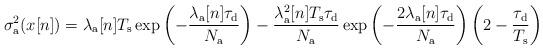
LaTeX: \begin{align*}\sigma_{\rm a}^2 (x[n])=\lambda_\mathrm{a}[n]T_{\rm s} \exp\left(-\frac{\lambda_\mathrm{a} [n]\tau_{\rm d}}{N_{\rm a}}\right)-\frac{\lambda_\mathrm{a}^2 [n]T_{\rm s}\tau_{\rm d}}{N_{\rm a}} \exp\left(-\frac{2\lambda_\mathrm{a} [n]\tau_{\rm d}}{N_{\rm a}}\right)\left(2-\frac{\tau_{\rm d}}{T_{\rm s}}\right)\end{align*}